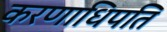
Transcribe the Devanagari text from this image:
करणाधिपति